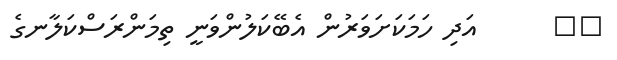
٤٧      އަދި ހަމަކަށަވަރުން އެބޭކަލުންވަނީ ތިމަންރަސްކަލާނގެ